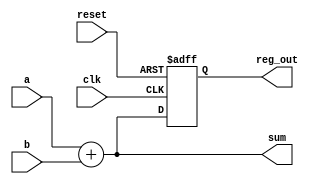
module example_design (
    input wire clk,         // Clock input
    input wire reset,       // Reset input
    input wire [3:0] a,     // 4-bit input signal a
    input wire [3:0] b,     // 4-bit input signal b
    output reg [3:0] sum,   // 4-bit output for the sum
    output reg [3:0] reg_out // 4-bit output for the registered value
);

// Combinational logic using always @*
always @* begin
    sum = a + b; // Calculate the sum of a and b
end

// Sequential logic using always @ (posedge clk)
always @(posedge clk or posedge reset) begin
    if (reset) begin
        reg_out <= 4'b0000; // Reset the registered output to 0
    end else begin
        reg_out <= sum; // Update the registered output with the sum
    end
end

endmodule